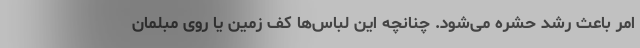
امر باعث رشد حشره می‌شود. چنانچه این لباس‌ها كف زمین یا روی مبلمان